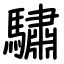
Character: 驌